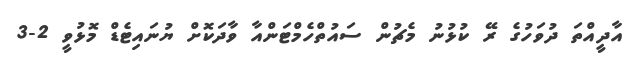
އާދީއްތަ ދުވަހުގެ ރޭ ކުޅުނު މެޗުން ސައުތްހެމްޓަންއާ ވާދަކޮށް ޔުނައިޓެޑް މޮޅުވީ 2-3